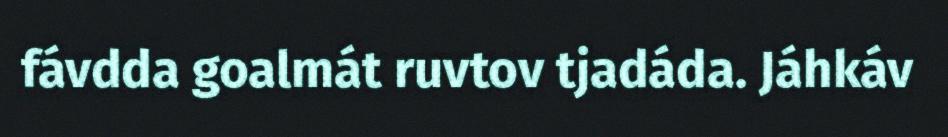
fávdda goalmát ruvtov tjadáda. Jáhkáv